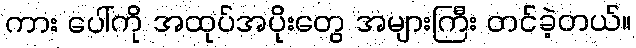
ကား ပေါ်ကို အထုပ်အပိုးတွေ အများကြီး တင်ခဲ့တယ်။